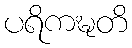
ပရိကဍ္ဎတိ